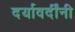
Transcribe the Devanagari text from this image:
दर्यावर्दींनी